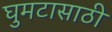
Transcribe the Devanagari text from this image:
घुमटासाठी